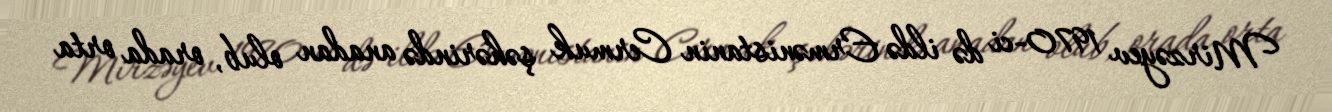
Mirzəyev 1970-ci də ildə Ermənistanin Cermuk şəhərində anadan olub, orada orta